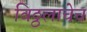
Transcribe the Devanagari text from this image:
विठ्ठलाचेच